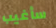
سأغيب